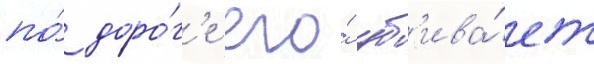
по́ доро́г'е его́ уб'ива́ет